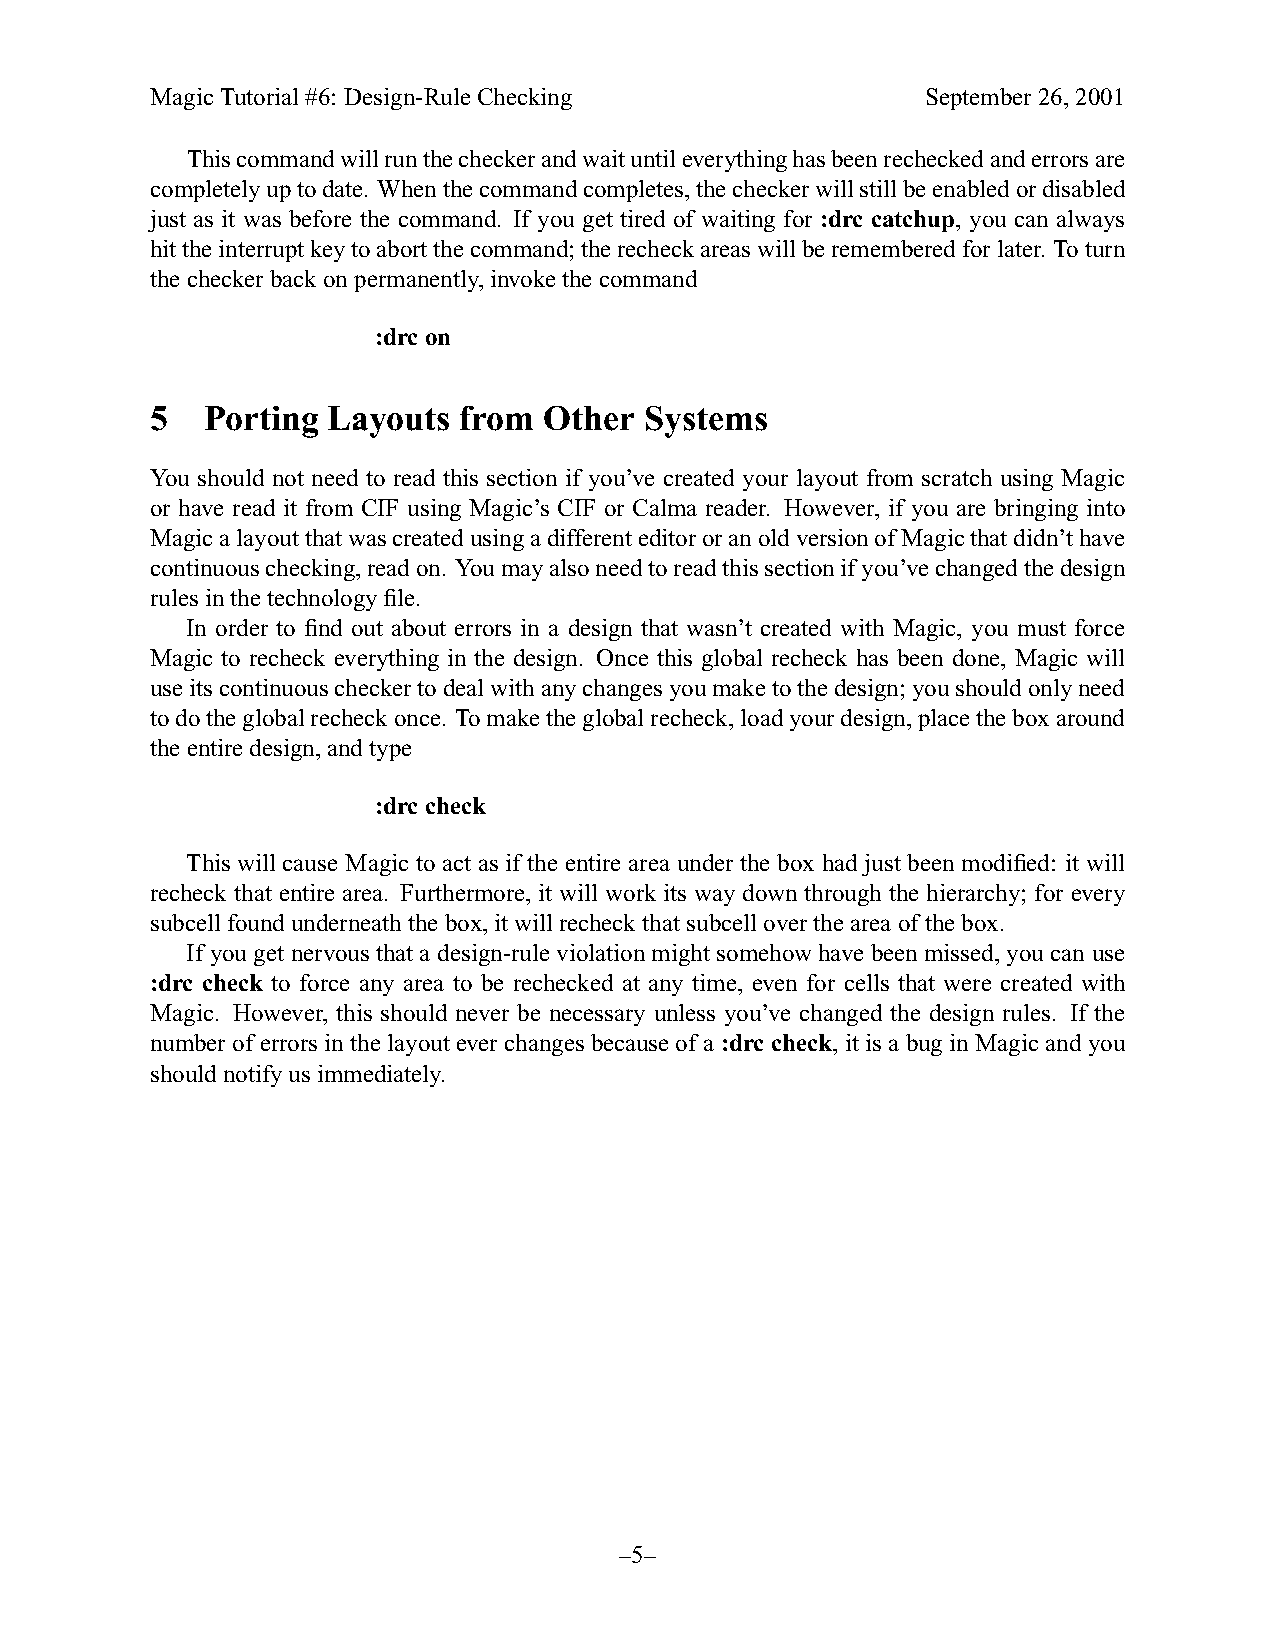
MagicTutorial#6: Design-RuleChecking               September26,2001
 Thiscommandwillrunthecheckerandwaituntileverythinghasbeenrecheckedanderrorsare
 completelyuptodate. Whenthecommandcompletes,thecheckerwillstillbeenabledordisabled
 just as it was before the command. If you get tired of waiting for :drc catchup, you can always
 hittheinterruptkeytoabortthecommand;therecheckareaswillberememberedforlater. Toturn
 thecheckerbackonpermanently,invokethecommand
 :drc on
 5  Porting  Layouts from  Other  Systems
 You should not need to read this section if you’ve created your layout from scratch using Magic
 or have read it from CIF using Magic’s CIF or Calma reader. However, if you are bringing into
 MagicalayoutthatwascreatedusingadifferenteditororanoldversionofMagicthatdidn’thave
 continuouschecking,readon. Youmayalsoneedtoreadthissectionifyou’vechangedthedesign
 rules inthetechnologyfile.
 In order to find out about errors in a design that wasn’t created with Magic, you must force
 Magic to recheck everything in the design. Once this global recheck has been done, Magic will
 useitscontinuouscheckertodeal withanychanges youmaketothedesign;youshouldonlyneed
 todotheglobalrecheckonce. Tomaketheglobalrecheck,loadyourdesign,placetheboxaround
 theentiredesign,andtype
 :drc check
 This will cause Magic to act as if the entire area under the box had just been modified: it will
 recheck that entire area. Furthermore, it will work its way down through the hierarchy; for every
 subcellfoundunderneaththebox,itwillrecheck thatsubcelloverthearea ofthebox.
 If you get nervous that a design-rule violationmight somehowhave been missed,you can use
 :drc check to force any area to be rechecked at any time, even for cells that were created with
 Magic. However, this should never be necessary unless you’ve changed the design rules. If the
 numberof errors in the layoutever changes because of a :drc check, it is a buginMagic and you
 shouldnotifyusimmediately.
 –5–